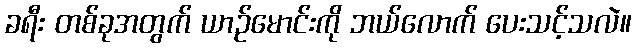
ခရီး တစ်ခုအတွက် ယာဉ်မောင်းကို ဘယ်လောက် ပေးသင့်သလဲ။